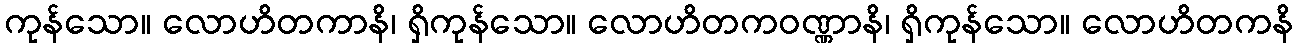
ကုန်သော။ လောဟိတကာနိ၊ ရှိကုန်သော။ လောဟိတကဝဏ္ဏာနိ၊ ရှိကုန်သော။ လောဟိတကနိ